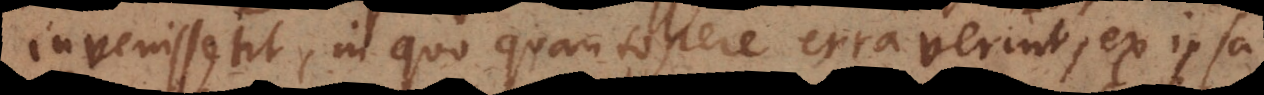
invenissent, in quo quantopere erraverint, ex ipsa